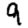
Digit: 9